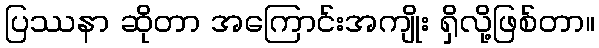
ပြဿနာ ဆိုတာ အကြောင်းအကျိုး ရှိလို့ဖြစ်တာ။